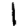
Digit: 1